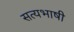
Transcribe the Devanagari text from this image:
सत्यभाषी